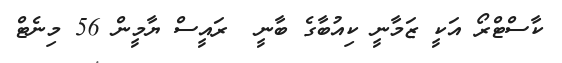
ކާސްޓްރޯ އަކީ ޒަމާނީ ކިއުބާގެ ބާނީ  ރައީސް ޔާމީން 56 މިނެޓް